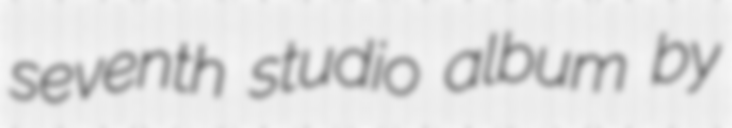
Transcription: seventh studio album by